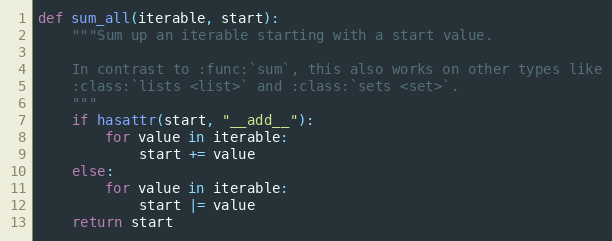
Language: Python
def sum_all(iterable, start):
    """Sum up an iterable starting with a start value.

    In contrast to :func:`sum`, this also works on other types like
    :class:`lists <list>` and :class:`sets <set>`.
    """
    if hasattr(start, "__add__"):
        for value in iterable:
            start += value
    else:
        for value in iterable:
            start |= value
    return start